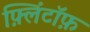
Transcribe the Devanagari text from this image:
फ़्लिंटॉफ़